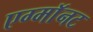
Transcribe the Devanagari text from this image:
एग्माॅनट